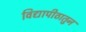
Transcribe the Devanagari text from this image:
विद्यापीठातुन